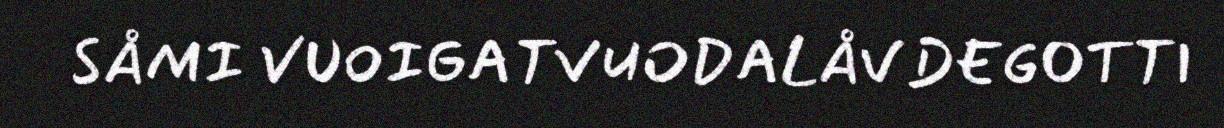
SÅMI VUOIGATVUODALÅVDEGOTTI